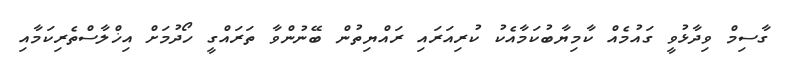
ގާސިމް ވިދާޅުވީ ގައުމެއް ކާމިޔާބުކަމާއެކު ކުރިއަރައި ރައްޔިތުން ބޭނުންވާ ތަރައްގީ ހޯދުމަށް އިޚްލާސްތެރިކަމާއި